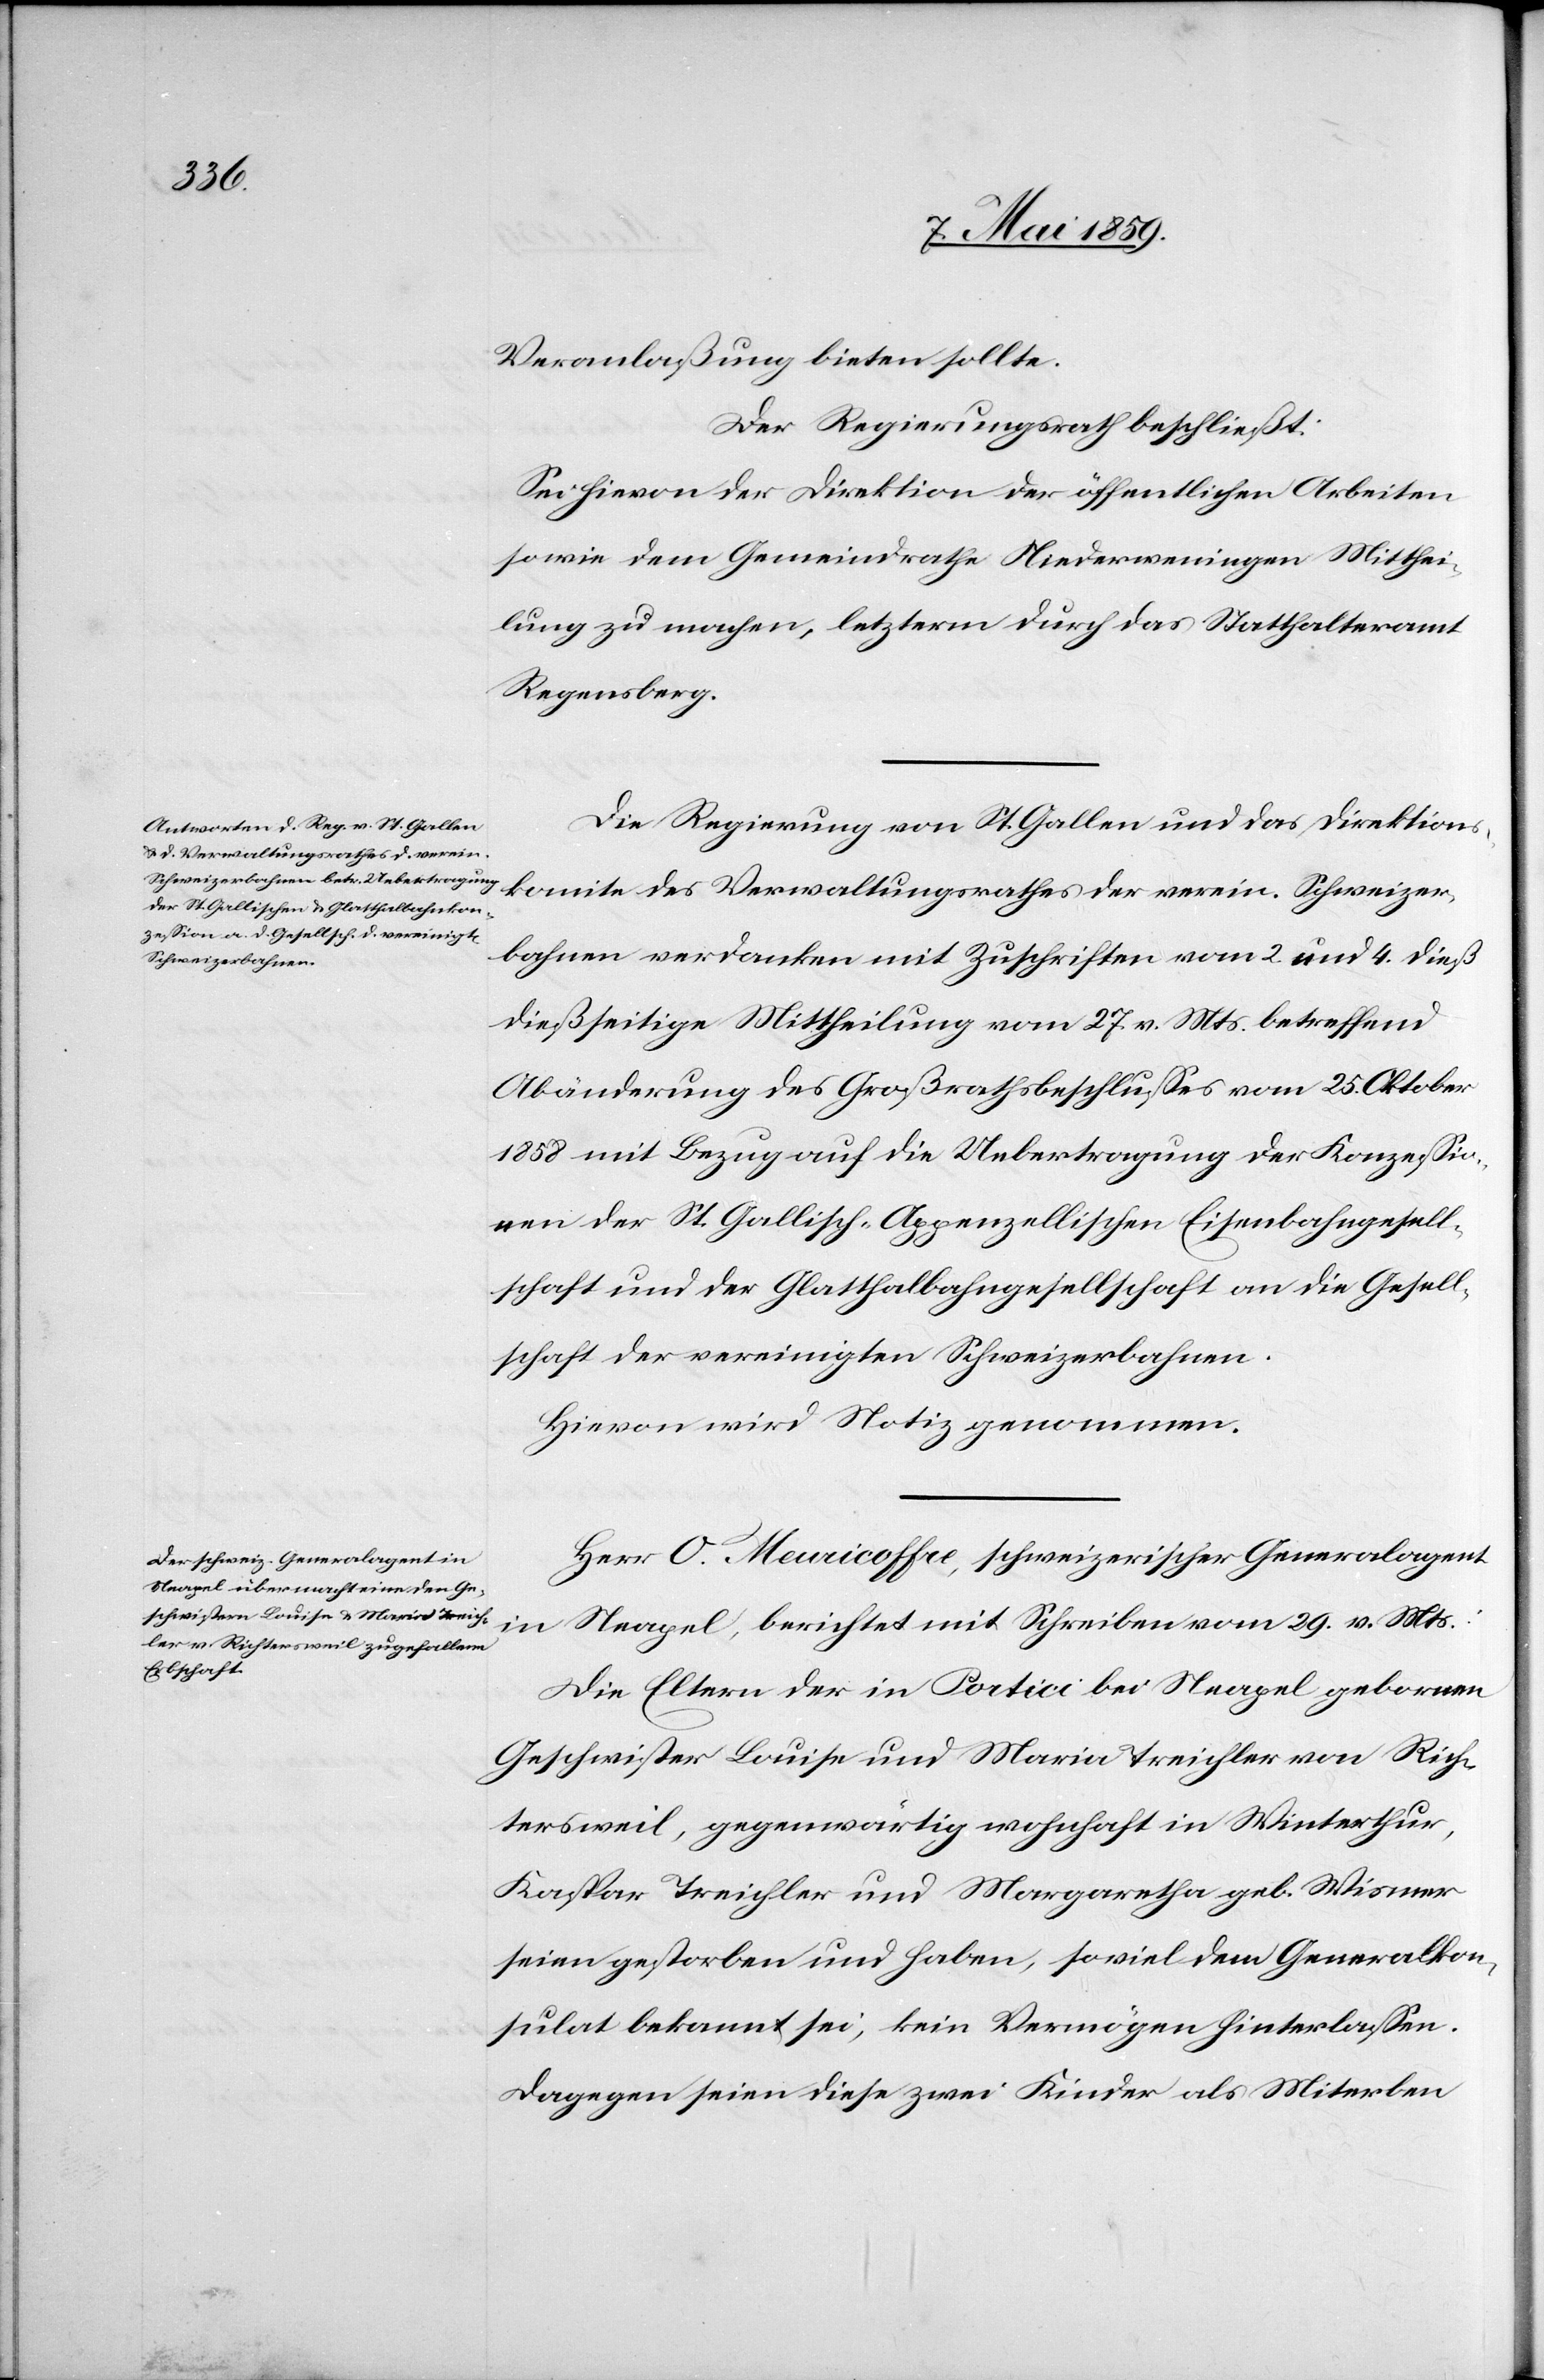
Veranlaßung bieten sollte.
Der Regierungsrath beschließt:
Sei hievon der Direktion der öffentlichen Arbeiten
sowie dem Gemeindrathe Niederweningen Mitthei¬
lung zu machen, letzterm durch das Statthalteramt
Regensberg.
Die Regierung von St. Gallen und das Direktions¬
komite des Verwaltungsrathes der verein. Schweizer¬
bahnen verdanken mit Zuschriften vom 2. und 4. dieß
dießseitige Mittheilung vom 27. v. Mts. betreffend
Abänderung des Großrathsbeschlußes vom 25. Oktober
1858 mit Bezug auf die Uebertragung der Konzeßio¬
nen der St. Gallisch-Appenzellischen Eisenbahngesell¬
schaft und der Glatthalbahngesellschaft an die Gesell¬
schaft der vereinigten Schweizerbahnen.
Hievon wird Notiz genommen.
Herr O. Meuricoffre, schweizerischer Generalagent
in Neapel, berichtet mit Schreiben vom 29. v. Mts.:
Die Eltern der in Portici bei Neapel gebornen
Geschwister Louise und Maria Treichler von Rich¬
tersweil, gegenwärtig wohnhaft in Winterthur,
Kaspar Treichler und Margaretha geb. Wismer
seien gestorben und haben, soviel dem Generalkon¬
sulat bekannt sei, kein Vermögen hinterlaßen.
Dagegen seien diese zwei Kinder als Miterben